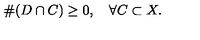
\# ( D \cap C ) \geq 0 , \quad \forall C \subset X .